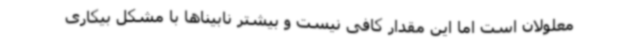
معلولان است اما این مقدار کافی نیست و بیشتر نابیناها با مشکل بیکاری